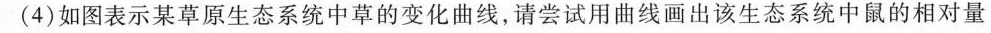
(4)如图表示某草原生态系统中草的变化曲线，请尝试用曲线画出该生态系统中鼠的相对量